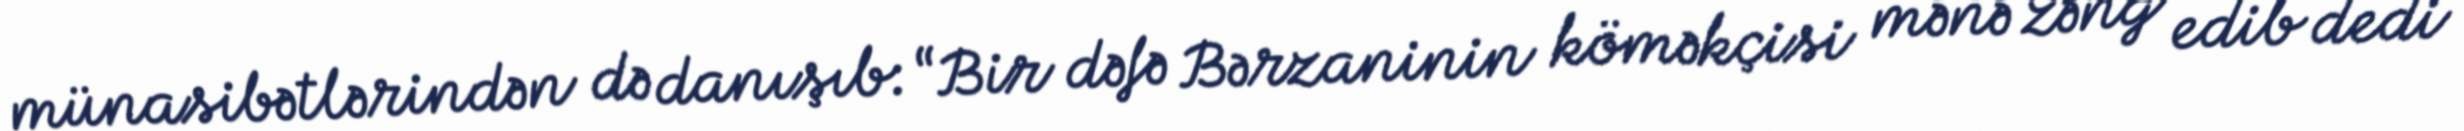
münasibətlərindən də danışıb: “Bir dəfə Bərzaninin köməkçisi mənə zəng edib dedi